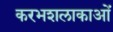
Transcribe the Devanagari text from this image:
करभशलाकाओं